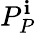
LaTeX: P_{P}^{\mathbf{i}}